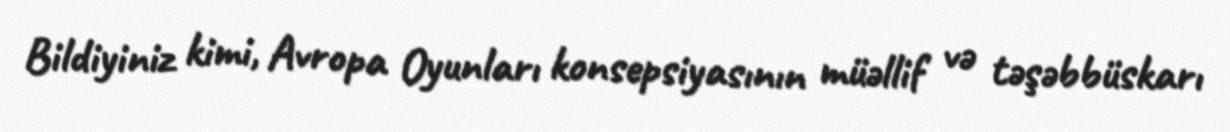
Bildiyiniz kimi, Avropa Oyunları konsepsiyasının müəllif və təşəbbüskarı